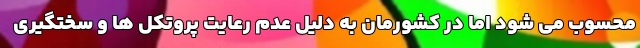
محسوب می شود اما در کشورمان به دلیل عدم رعایت پروتکل ها و سختگیری